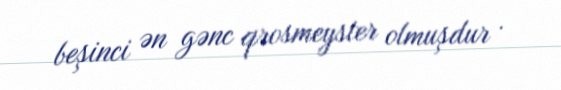
beşinci ən gənc qrosmeyster olmuşdur .